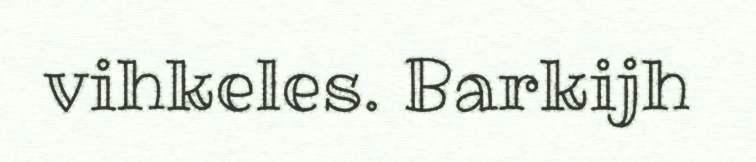
vihkeles. Barkijh